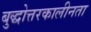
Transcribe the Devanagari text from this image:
बुद्धोत्तरकालीनता